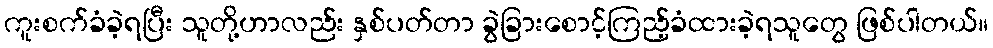
ကူးစက်ခံခဲ့ရပြီး သူတို့ဟာလည်း နှစ်ပတ်တာ ခွဲခြားစောင့်ကြည့်ခံထားခဲ့ရသူတွေ ဖြစ်ပါတယ်။